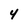
Character: 4